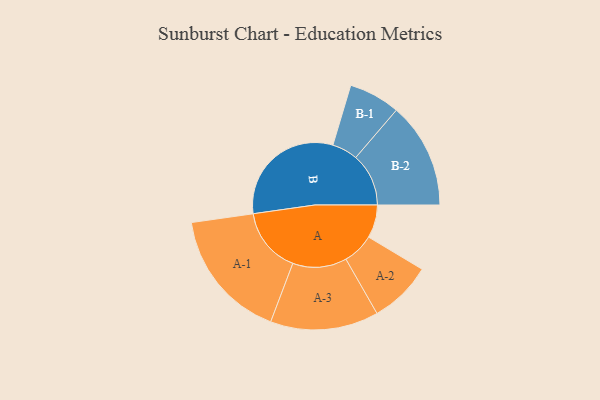
{"axis": {"x": "Segment", "y": "Value"}, "legend": ["", "A", "B"], "data": [{"x": "A", "y": 134, "type": ""}, {"x": "B", "y": 497, "type": ""}, {"x": "A-1", "y": 265, "type": "A"}, {"x": "A-2", "y": 127, "type": "A"}, {"x": "A-3", "y": 219, "type": "A"}, {"x": "B-1", "y": 104, "type": "B"}, {"x": "B-2", "y": 214, "type": "B"}]}